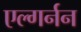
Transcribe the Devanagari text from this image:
एल्गर्नन